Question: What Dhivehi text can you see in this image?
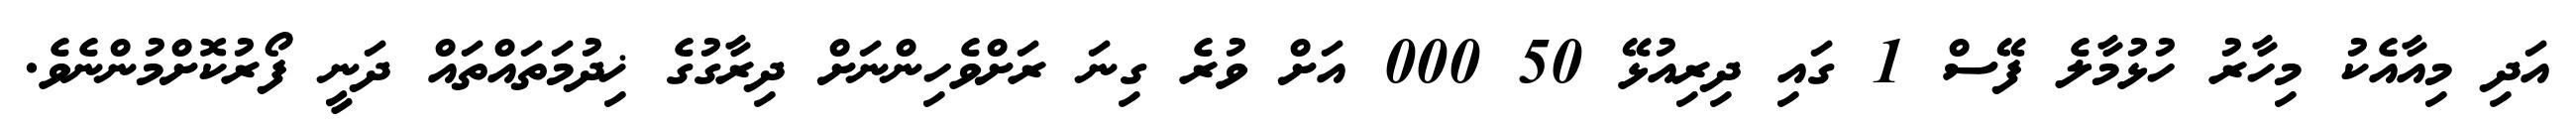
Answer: އަދި މިއާއެކު މިހާރު ހުޅުމާލެ ފޭސް 1 ގައި ދިރިއުޅޭ 50 000 އަށް ވުރެ ގިނަ ރަށްވެހިންނަށް ދިރާގުގެ ޚިދުމަތައްތައް ދަނީ ފޯރުކޮށްމުންނެވެ.